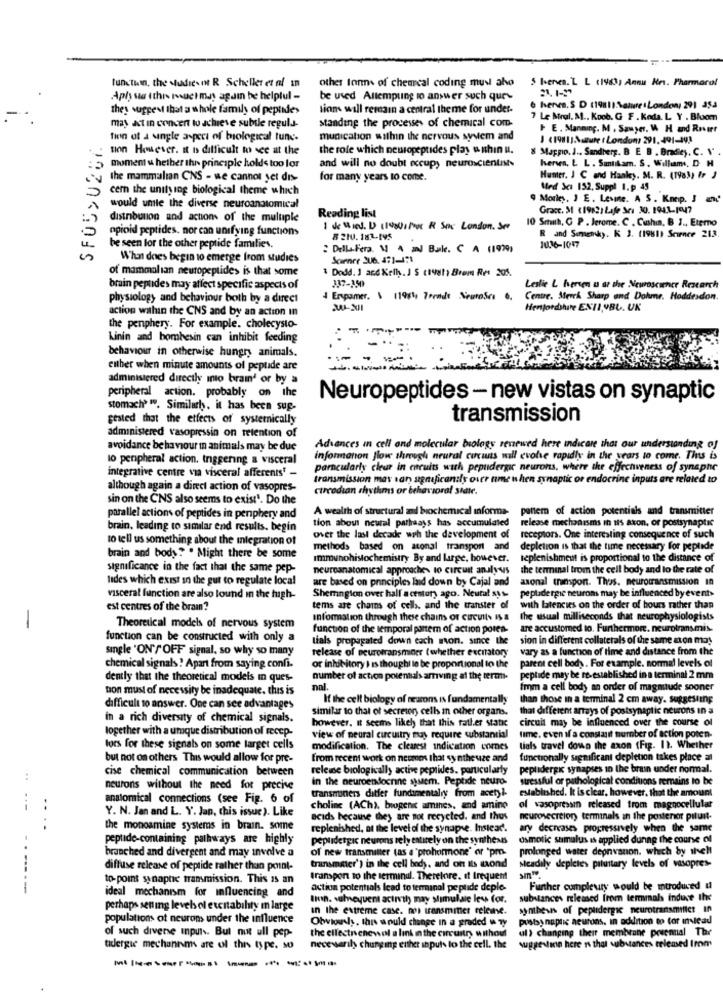
functiin, the studies In R Scheller et af In
other tonns of chearcal coding musl aho
5 benes. L L (1983, Annu Hes. Pharmarol
Aphy sa ithis much mas again be helpful -
be used Altempung to answer such qur
they suggest that a whole family of peptide>
lion will remain a central theme for under-
6 herves. S D (19811:Nature : London, 291 354
may Act in concert to achieve subtle regula-
standing the processes of chemical com-
7 Le Mral. M ., Koob. G F . Koda. L. Y . Blom
I E. Manning. M . Sawyer, W. H and Roster
SFOS> 0287
tien of a single aspect of biological tune-
munication within the nervous system and
J (1981]Nature t London: 291. 491-492
tion However. It Is difficult to see at the
the role which neuropeptides play o shin u.
8 Maggio. J .. Sandberg. B E B . Bradley. C. \'
Iversen, L L . Santikam. S. William, D H
moment & hether this principle holds too lor
and will no doubt occupy neuroscientists
the mammalian CNS - we cannot yet dis-
for many years to come.
Humer, J C and Hanley. M. R. (1983) Ir J
cern the unity ing biological theme which
Med Sci 152, Suppl I.p 45
9 Morley, J E. Lesmne. A S. Knop. I and'
would umile the diverse neuroanatomical
Grace. M (1982) Life Sei 30. 194.1.1917
distribution and actions of the multiple
Reading list
10 Smith, G P . Jerome. C . Cushin, B J ., Etemo
opioid peptides. nor can unifying functions
1 de Wied. D (19201 Proc R Snc London, Ser
8 210. 182-145
R and Semenky. K 3. (1961) Science 213
be seen for the other peptide families.
: DellaFera. \ 4 mnd Bake. C A (1999)
10.36-1047
What does begin to emerge from studies
Scanner JU6. 471-471
of mammalian neuropeptide> is that some
1 Dodd. 1 and Kell. I S crush Brem Ret 205.
337-350
brain peptides may affect specific aspects of
Leslie L hversen u at the Neuroscience Research
physiology and behaviour both by a direct
4 Erspamer. \ 11984, 7erade NeuroSes 0.
Centre. Merck Sharp and Dohme. Hoddesdon.
action wahin the CNS and by an action in
Henfordshire ENII,YBL. UK
the penphery. For example. cholecysto-
Linin and bombesin can inhibit feeding
behaviour in otherwise hungry animals.
either when minute amounts of peptide are
administered directly into brain' or by a
peripheral action. probably on the
Neuropeptides - new vistas on synaptic
stomach" ". Similarly. it has been sup
gested that the etfects of systernically
transmission
administered vasopressin on retention of
avoidance behaviour in animals may be due
Advances in cell and molecular biology renewed here indicare that our understanding of
lo peripheral action. triggering a visceral
informanon Jlow through neural cucuns will evolve rapidly in the years to come. Thus is
integrative centre via visceral afferents' -
parncularly cleur in circuits wach pepudergic neurons, where the effectveness of synsphe
transmission may san significantly over nme when synaptic or endocrine inputs are related to
although again a direct action of vasopres-
circodian rhythms or behavioral sidie.
sin on the CNS also seems to exist1. Do the
A wealth of structural and biochemical informa-
poner of action potentials and transmitter
parallel actions of peptides in penphery and
tion about newral pathways has accumulated
brain, leading to similar end results. begin
release mechanisms in 115 axon, or postsynaptic
to tell us something about the integration of
over the last decade with the development of
receptors. One interealing consequence of such
methods based on aconal transport and
depletion is that the time necessary for peptide
brain and body? . Might there be some
immunohistochemistry By and large, however.
replenishment is proportional to the distance of
significance in the fact that the same pep-
neuroanatomical approaches to circuit analysis
the terminal trom the cell body and lo the rate of
lides which exist in the gut to regulate local
are based on principles laid down by Cajal and
axonal transpon. Thus. neurotransmission in
pepladergie neurons may be influenced by event>
visceral function are also lound in the high-
Sherington over hall a century ago. Neural sus
est centres of the brain?
tems are chams of cells, and the transter of
with latencies on the order of bours rather than
Information through these chains of Circuits IS a
the usual milliseconds that neurophysiologists
-
Theoretical models of nervous system
function of the temporal parem of action poren-
are accustomed to. Furthermore. neurotransmis-
function can be constructed with only a
tials propagated down each mon. since the
sion in different collaterals of the same aton may
single 'ON'/ OFF signal, so why so many
release of peurotransminer (whether excitatory
vary as a function of time and distance from the
parent cell body. For example. normal levels of
chemical signals! Apart from saying confi.
or inhibitory ) is thought lo be proportional to the
dently that the theoretical models in ques-
number of action potentials arving at the termi-
peptide may be re-established in a terminal 2 mm
bon must of necessity be inadequate. this is
nal.
from a cell body an order of magmiude sooner
If the cell biology of neurons is fundamentally
than those in a terminal 2 cm away. suggesting
difficult 10 answer. One can see advantages
similar to that of secretory cells in other organs.
that different arrays of postsynaptic neurons in a
in a rich diversity of chemical signals.
however. It seems likely that this rather static
circuit may be influenced over the course of
together with a umque distribution of recep-
view of neural circuitry may require substantial
time, even if a constanit number of action poten-
lors for these signals on some larget cells
modification. The clearest indication comes
tials travel down the axon (Fig. 11. Whether
but not on others This would allow for pre-
from recent work on neome that synthe uze and
functionally significant depletion takes place an
cise chemical communication between
release biologically active peptides. particularly
peptidergic synapses in the brain under normal.
:
in the neuroendocrine sjuem. Peptide neuro-
stressful or pathological conditions remains to be
neurons without the need for precise
transmoners ditfer fundamentally from acetyl-
anatomical connections (see Fig. 6 of
established. It is clear, however, that the amount
Y. N. Jan and L. Y. Jan, this issue ). Like
choline (ACh), biogenic amines, and amine
of vasopressin released from magnocellular
acids because they are not recycled. and thes
neurosecreiory terminals an the posterior pituit-
.
the monoamine systems in brain. some
replenished, at the level of the synapse. Instead.
ary decreases progressively when the same
peptide-containing pathways are highly
peplidetpic neurons rely entirely on the synthesis
osmotic sumulus is applied dunne the course of
of new transmitter (as a "prohormone" or "pm.
prolonged water depnvanon. which by thelt
branched and divergent and may involve a
diffuse release of peptide rather than point-
transmitter') in the cell body, and on its mond
steadily depletes pituitary levels of vasopres-
to-point synaphe transmission. This is an
transport to the terminal. Therefore. It frequent
-----
action potentials lead to terminal pe plide deple-
Further compleury would be introduced u
ideal mechanism for influencing and
Ihon. subsequent activth) may stimulate less for.
substances released from termmah induce the
perhaps setting levels ol etcitabilty m large
In the extreme case. nos transmiter release.
synthesis of peptidergic neurotransmitter In
population ot neurons under the influence
Olwiony, this would change in a graded i wy
postsynaptic neurons. in addition to for instead
of such diverse inputs. But not ull pep-
the ellestrenewel a link in the circuitry without
ul) changing their membrane peuennal The
tidlergie mechannms are ol this type. so
necessarily changing either inputs lo the cell. the
suggestan here is that substances erlemed Irom